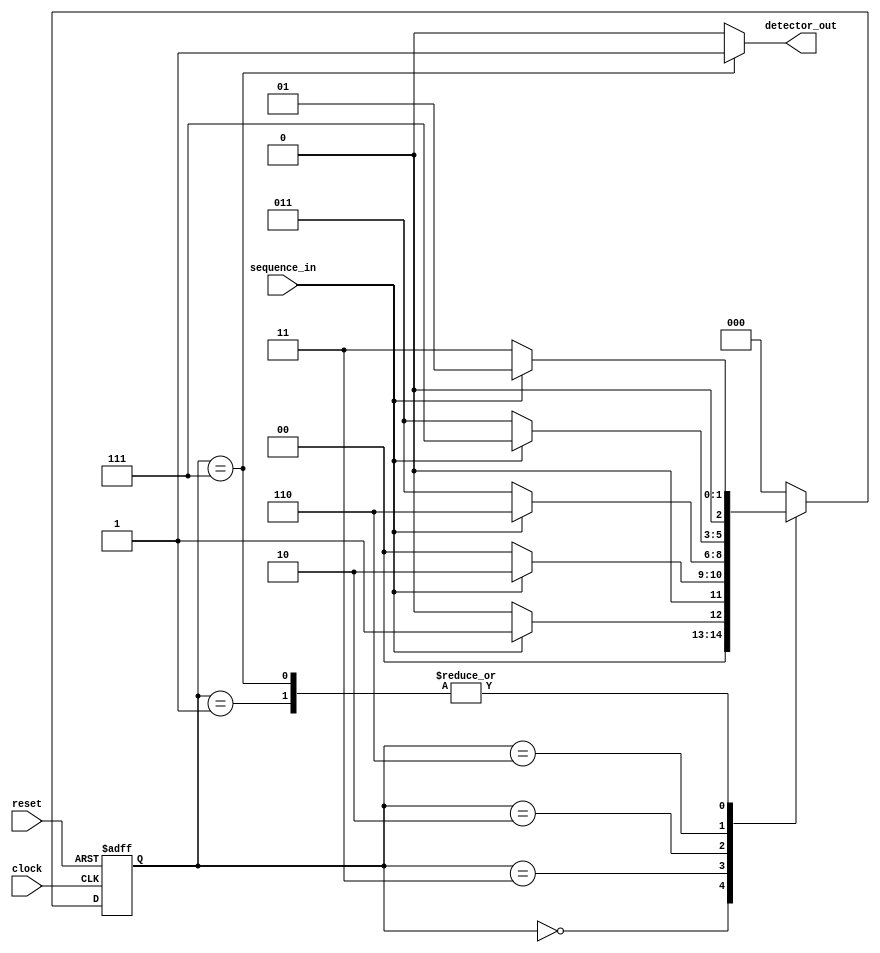
module iiitb_sd_fsm(sequence_in,clock,reset,detector_out);
input clock; // clock signal
input reset; // reset input
input sequence_in; // binary input
output reg detector_out; // output of the sequence detector
parameter  Zero=3'b000, // "Zero" State
  One=3'b001, // "One" State
  OneZero=3'b011, // "OneZero" State
  OneZeroOne=3'b010, // "OnceZeroOne" State
  OneZeroOneOne=3'b110,// "OneZeroOneOne" State
  OneZeroOneOneOne=3'b111;
reg [2:0] current_state, next_state; // current state and next state
// sequential memory of the Moore FSM
always @(posedge clock, posedge reset)
begin
 if(reset==1) 
 current_state <= Zero;// when reset=1, reset the state of the FSM to "Zero" State
 else
 current_state <= next_state; // otherwise, next state
end 
// combinational logic of the Moore FSM
// to determine next state 
always @(current_state,sequence_in)
begin
 case(current_state) 
 Zero:begin
  if(sequence_in==1)
   next_state = One;
  else
   next_state = Zero;
 end
 One:begin
  if(sequence_in==0)
   next_state = OneZero;
  else
   next_state = One;
 end
 OneZero:begin
  if(sequence_in==0)
   next_state = Zero;
  else
   next_state = OneZeroOne;
 end 
 OneZeroOne:begin
  if(sequence_in==0)
   next_state = OneZero;
  else
   next_state = OneZeroOneOne;
 end
 OneZeroOneOne:begin
  if(sequence_in==0)
   next_state = OneZero;
  else
   next_state = OneZeroOneOneOne;
 end
 OneZeroOneOneOne:begin
 if(sequence_in==1)
 next_state = One;
 else
 next_state=OneZero;
 end
 default:next_state = Zero;
 endcase
end
// combinational logic to determine the output
// of the Moore FSM, output only depends on current state
always @(current_state)
begin 
 case(current_state) 
 Zero:   detector_out = 0;
 One:   detector_out = 0;
 OneZero:  detector_out = 0;
 OneZeroOne:  detector_out = 0;
 OneZeroOneOne:  detector_out = 0;
 OneZeroOneOneOne:detector_out =1;
 default:  detector_out = 0;
 endcase
end 
endmodule